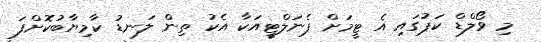
މި ވޯލްޑް ކަޕުގައި އެ ޓީމަށް ޕެނަލްޓީއަކާ އެކު ތިން ލަނޑު ކާމިޔާބުކޮށްފަ